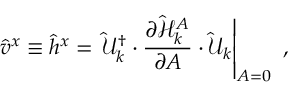
\hat { v } ^ { x } \equiv \hat { h } ^ { x } = \left. \hat { \mathcal { U } } _ { k } ^ { \dagger } \cdot \frac { \partial \hat { \mathcal { H } } _ { k } ^ { A } } { \partial A } \cdot \hat { \mathcal { U } } _ { k } \right\vert _ { A = 0 } \mathrm { ~ , ~ }